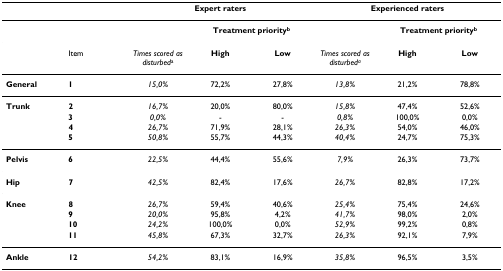
<table><thead><tr><td></td><td></td><td colspan="3"><b>Expert raters</b></td><td colspan="3"><b>Experienced raters</b></td></tr></thead><tbody><tr><td></td><td></td><td></td><td colspan="2"><b>Treatment priority<sup>b</sup></b></td><td></td><td colspan="2"><b>Treatment priority<sup>b</sup></b></td></tr><tr><td></td><td>Item</td><td><i>Times scored as disturbed</i><sup>a</sup></td><td><b>High</b></td><td><b>Low</b></td><td><i>Times scored as disturbed<sup>a</sup></i></td><td><b>High</b></td><td><b>Low</b></td></tr><tr><td><b>General</b></td><td><b>1</b></td><td><i>15,0%</i></td><td>72,2%</td><td>27,8%</td><td><i>13,8%</i></td><td>21,2%</td><td>78,8%</td></tr><tr><td><b>Trunk</b></td><td><b>2</b></td><td><i>16,7%</i></td><td>20,0%</td><td>80,0%</td><td><i>15,8%</i></td><td>47,4%</td><td>52,6%</td></tr><tr><td></td><td><b>3</b></td><td><i>0,0%</i></td><td>-</td><td>-</td><td><i>0,8%</i></td><td>100,0%</td><td>0,0%</td></tr><tr><td></td><td><b>4</b></td><td><i>26,7%</i></td><td>71,9%</td><td>28,1%</td><td><i>26,3%</i></td><td>54,0%</td><td>46,0%</td></tr><tr><td></td><td><b>5</b></td><td><i>50,8%</i></td><td>55,7%</td><td>44,3%</td><td><i>40,4%</i></td><td>24,7%</td><td>75,3%</td></tr><tr><td><b>Pelvis</b></td><td><b>6</b></td><td><i>22,5%</i></td><td>44,4%</td><td>55,6%</td><td><i>7,9%</i></td><td>26,3%</td><td>73,7%</td></tr><tr><td><b>Hip</b></td><td><b>7</b></td><td><i>42,5%</i></td><td>82,4%</td><td>17,6%</td><td><i>26,7%</i></td><td>82,8%</td><td>17,2%</td></tr><tr><td><b>Knee</b></td><td><b>8</b></td><td><i>26,7%</i></td><td>59,4%</td><td>40,6%</td><td><i>25,4%</i></td><td>75,4%</td><td>24,6%</td></tr><tr><td></td><td><b>9</b></td><td><i>20,0%</i></td><td>95,8%</td><td>4,2%</td><td><i>41,7%</i></td><td>98,0%</td><td>2,0%</td></tr><tr><td></td><td><b>10</b></td><td><i>24,2%</i></td><td>100,0%</td><td>0,0%</td><td><i>52,9%</i></td><td>99,2%</td><td>0,8%</td></tr><tr><td></td><td><b>11</b></td><td><i>45,8%</i></td><td>67,3%</td><td>32,7%</td><td><i>26,3%</i></td><td>92,1%</td><td>7,9%</td></tr><tr><td><b>Ankle</b></td><td><b>12</b></td><td><i>54,2%</i></td><td>83,1%</td><td>16,9%</td><td><i>35,8%</i></td><td>96,5%</td><td>3,5%</td></tr></tbody></table>